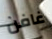
غافن